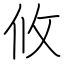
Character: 攸